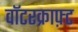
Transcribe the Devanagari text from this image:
वॉटरक्राफ़्ट